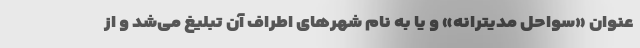
عنوان «سواحل مدیترانه» و یا به نام شهرهای اطراف آن تبلیغ می‌شد و از